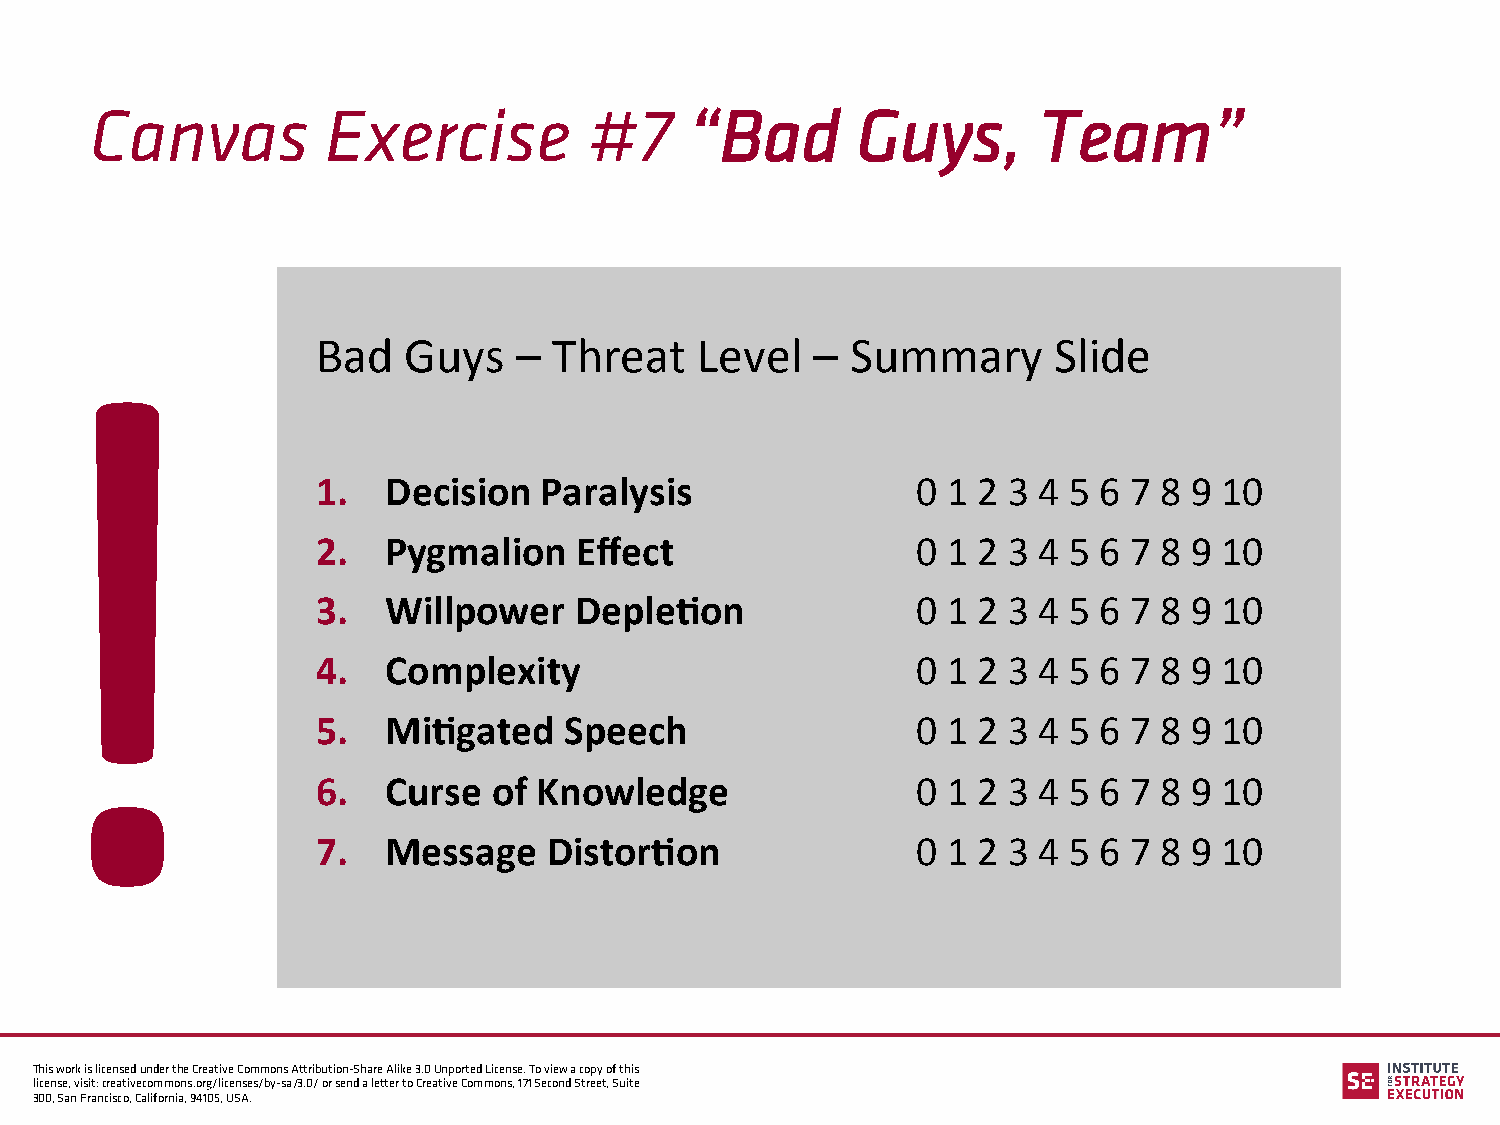
Canvas          Exercise         #7     “Bad       Guys,       Team”
 Bad   Guys   –  Threat   Level   – Summary       Slide
 !
 1.   Decision  Paralysis                0 1 2 3 4 5 6 7 8 9 10
 2.   Pygmalion   Effect                 0 1 2 3 4 5 6 7 8 9 10
 3.   Willpower   Deple?on               0 1 2 3 4 5 6 7 8 9 10
 4.   Complexity                         0 1 2 3 4 5 6 7 8 9 10
 5.   Mi?gated   Speech                  0 1 2 3 4 5 6 7 8 9 10
 6.   Curse  of Knowledge                0 1 2 3 4 5 6 7 8 9 10
 7.   Message   Distor?on                0 1 2 3 4 5 6 7 8 9 10
 This work is licensed under the Creative Commons Attribution-Share Alike 3.0 Unported License. To view a copy of this
 license, visit: creativecommons.org/licenses/by-sa/3.0/ or send a letter to Creative Commons, 171 Second Street, Suite
 300, San Francisco, California, 94105, USA.